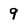
Character: 9